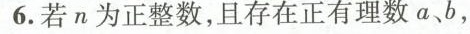
6.若n为正整数，且存在正有理数a、b，